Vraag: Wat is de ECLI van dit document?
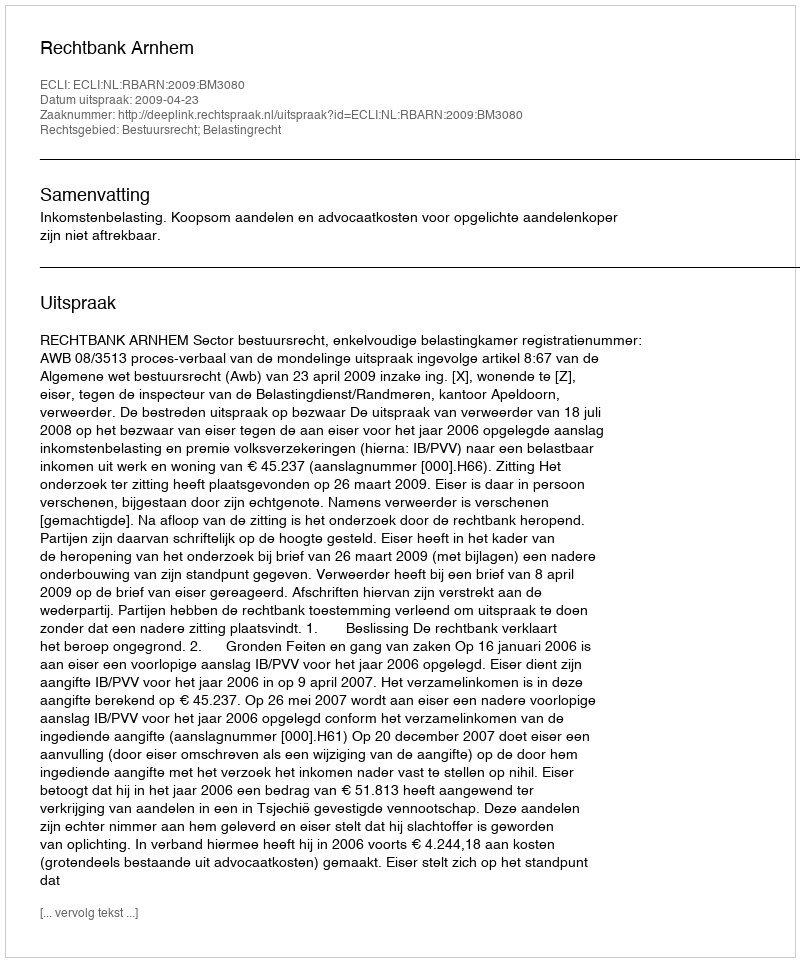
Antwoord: ECLI:NL:RBARN:2009:BM3080